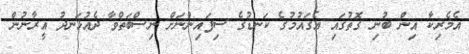
އެމެރިކާ އިން ބުނި ގޮތުގައި އެގައުމުގެ ކަނޑުގެ ސިފައިންނަށް ނިސްބަތްވާ ދެއުޅަނދު އީރާނުން